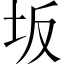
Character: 坂